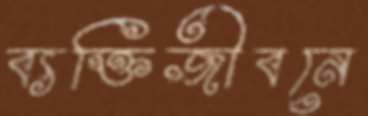
ব্যক্তিজীবনে